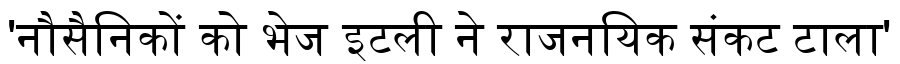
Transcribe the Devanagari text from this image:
'नौसैनिकों को भेज इटली ने राजनयिक संकट टाला'